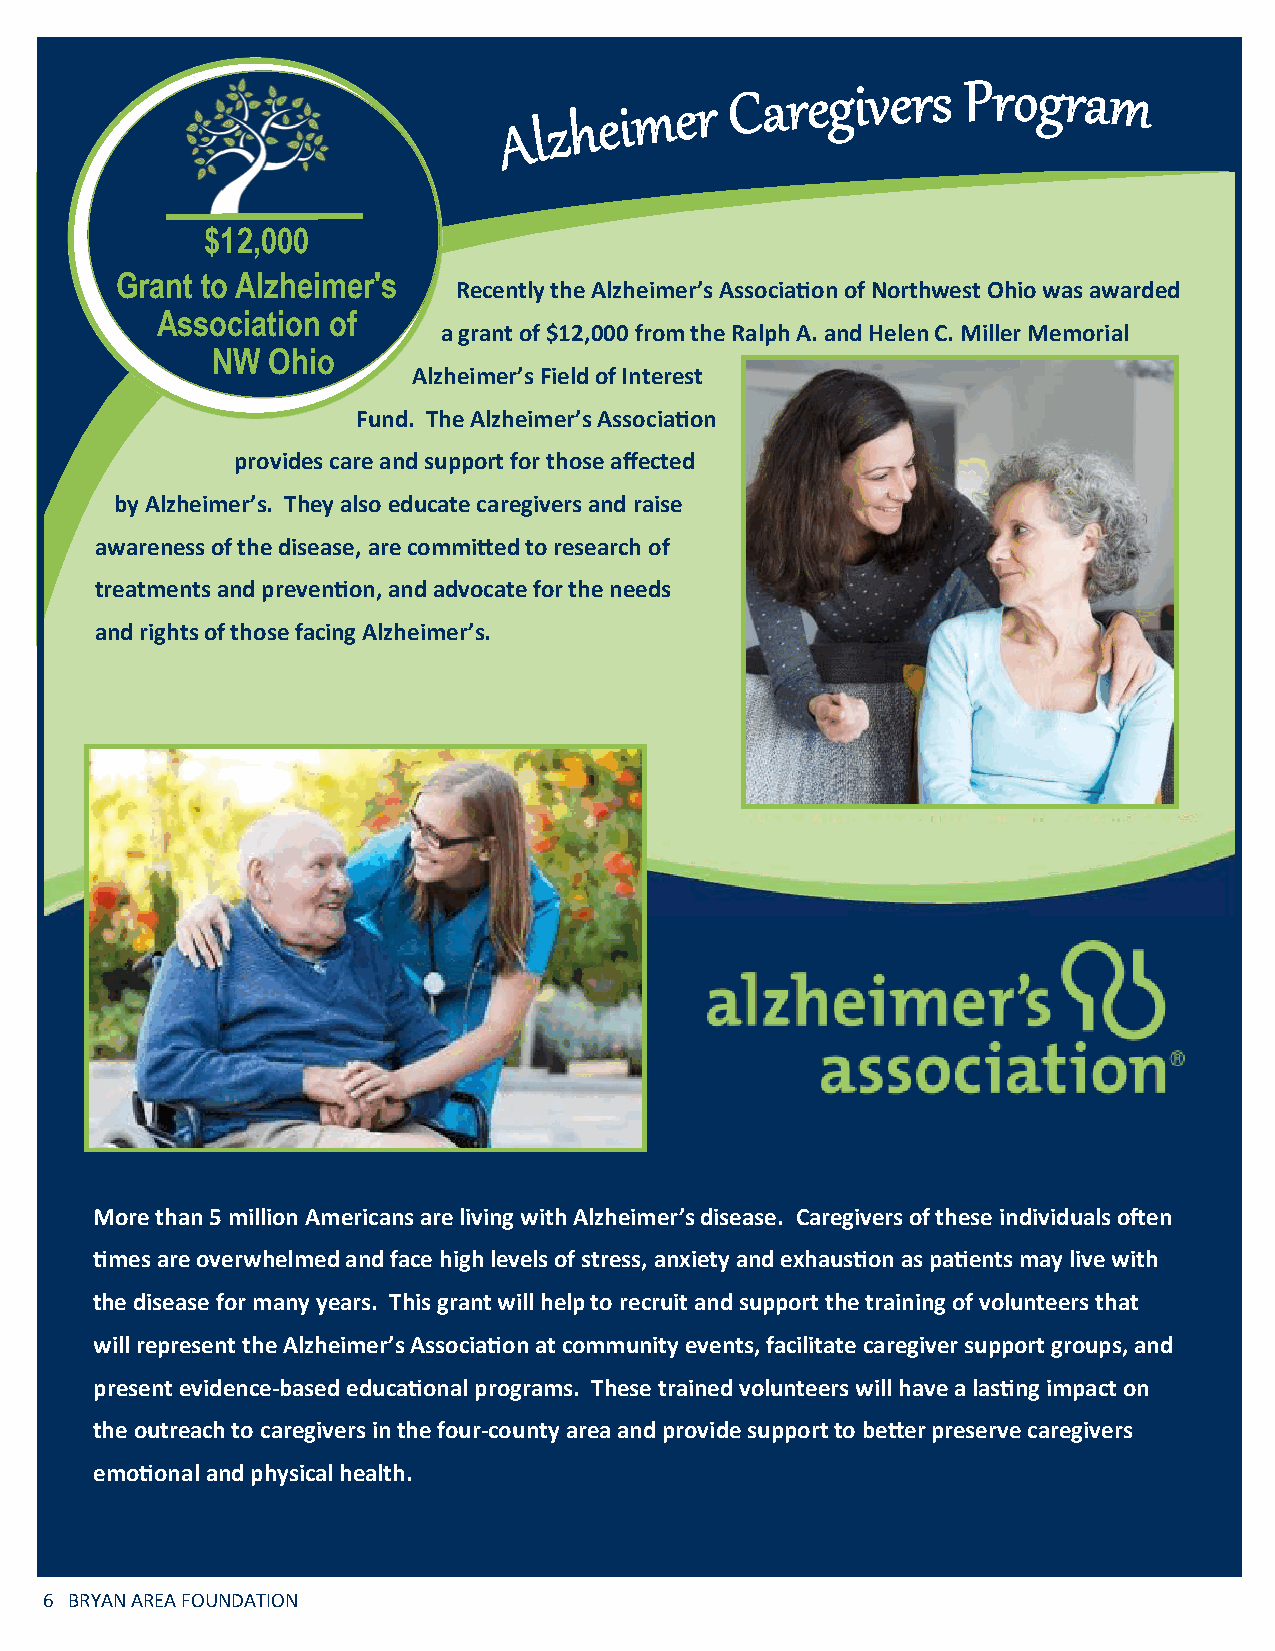
$12,000
 Grant to A lzheimer's
 Recently the Alzheimer’s Association of Northwest Ohio was awarded
 Association of
 a grant of $12,000 from the Ralph A. and Helen C. Miller Memorial
 NW  Ohio
 Alzheimer’s Field of Interest
 Fund. The Alzheimer’s Association
 provides care and support for those affected
 by Alzheimer’s. They also educate caregivers and raise
 awareness of the disease, are committed to research of
 treatments and prevention, and advocate for the needs
 and rights of those facing Alzheimer’s.
 More than 5 million Americans are living with Alzheimer’s disease. Caregivers of these individuals often
 times are overwhelmed and face high levels of stress, anxiety and exhaustion as patients may live with
 the disease for many years. This grant will help to recruit and support the training of volunteers that
 will represent the Alzheimer’s Association at community events, facilitate caregiver support groups, and
 present evidence-based educational programs. These trained volunteers will have a lasting impact on
 the outreach to caregivers in the four-county area and provide support to better preserve caregivers
 emotional and physical health.
 6 BRYAN AREA FOUNDATION